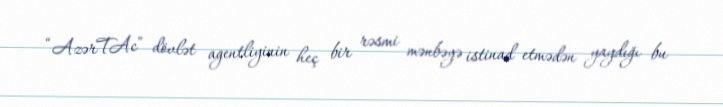
“AzərTAc” dövlət agentliyinin heç bir rəsmi mənbəyə istinad etmədən yaydığı bu